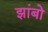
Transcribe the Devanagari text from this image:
झांबो